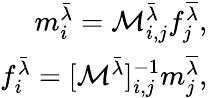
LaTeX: \begin{array}{r}{m_{i}^{\bar{\lambda}}=\mathcal{M}_{i,j}^{\bar{\lambda}}f_{j}^{\overline{{\lambda}}},}\\ {f_{i}^{\bar{\lambda}}=[\mathcal{M}^{\bar{\lambda}}]_{i,j}^{-1}m_{j}^{\overline{{\lambda}}},}\end{array}